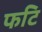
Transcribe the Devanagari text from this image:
फटि